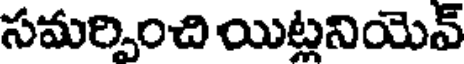
సమర్పించి యిట్లనియెవ్